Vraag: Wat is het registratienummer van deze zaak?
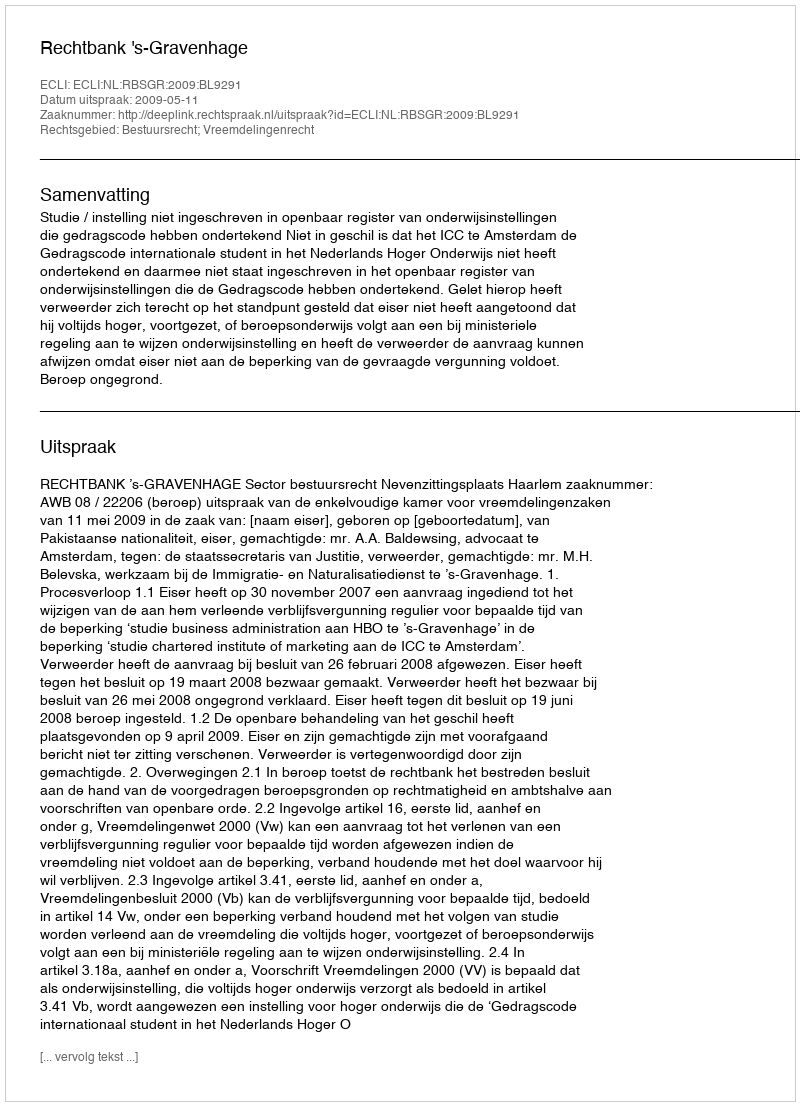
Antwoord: http://deeplink.rechtspraak.nl/uitspraak?id=ECLI:NL:RBSGR:2009:BL9291